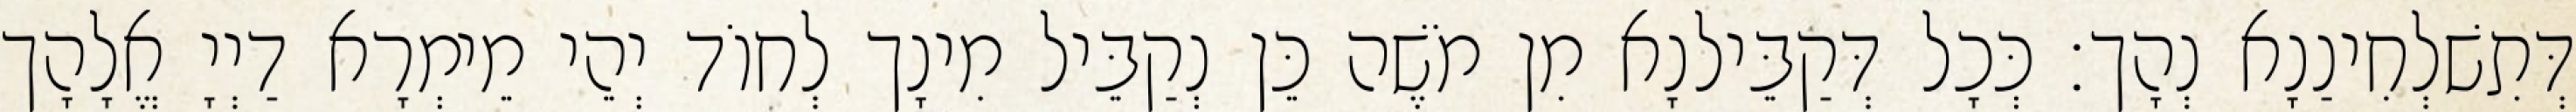
דְּתִשׁלְחִינַנָא נְהָך׃ כְּכָל דְּקַבֵּילנָא מִן מֹשֶׁה כֵּן נְקַבֵּיל מִינָך לְחוֹד יְהֵי מֵימְרָא דַיְיָ אֱלָהָך